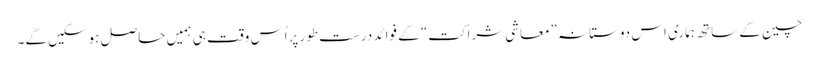
چین کے ساتھ ہماری اس دوستانہ ”معاشی شراکت“ کے فوائد درست طور پراُس وقت ہی ہمیں حاصل ہوسکیں گے۔